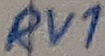
Text: RV1